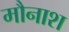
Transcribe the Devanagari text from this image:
मौनाश